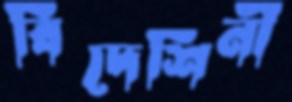
বিদেশিনী